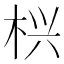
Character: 𱣖